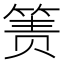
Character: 箦